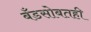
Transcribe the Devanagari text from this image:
बँडसोबतही